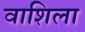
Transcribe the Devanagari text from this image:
वाशिला